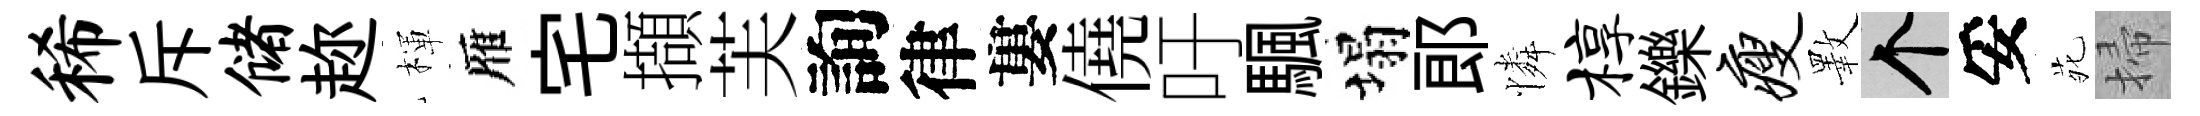
稀斥储趂楎雁宅擷芙詢律婁僥吁颿塌郎憐椁鑠瘦斁个妥𫟍掃